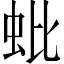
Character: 蚍